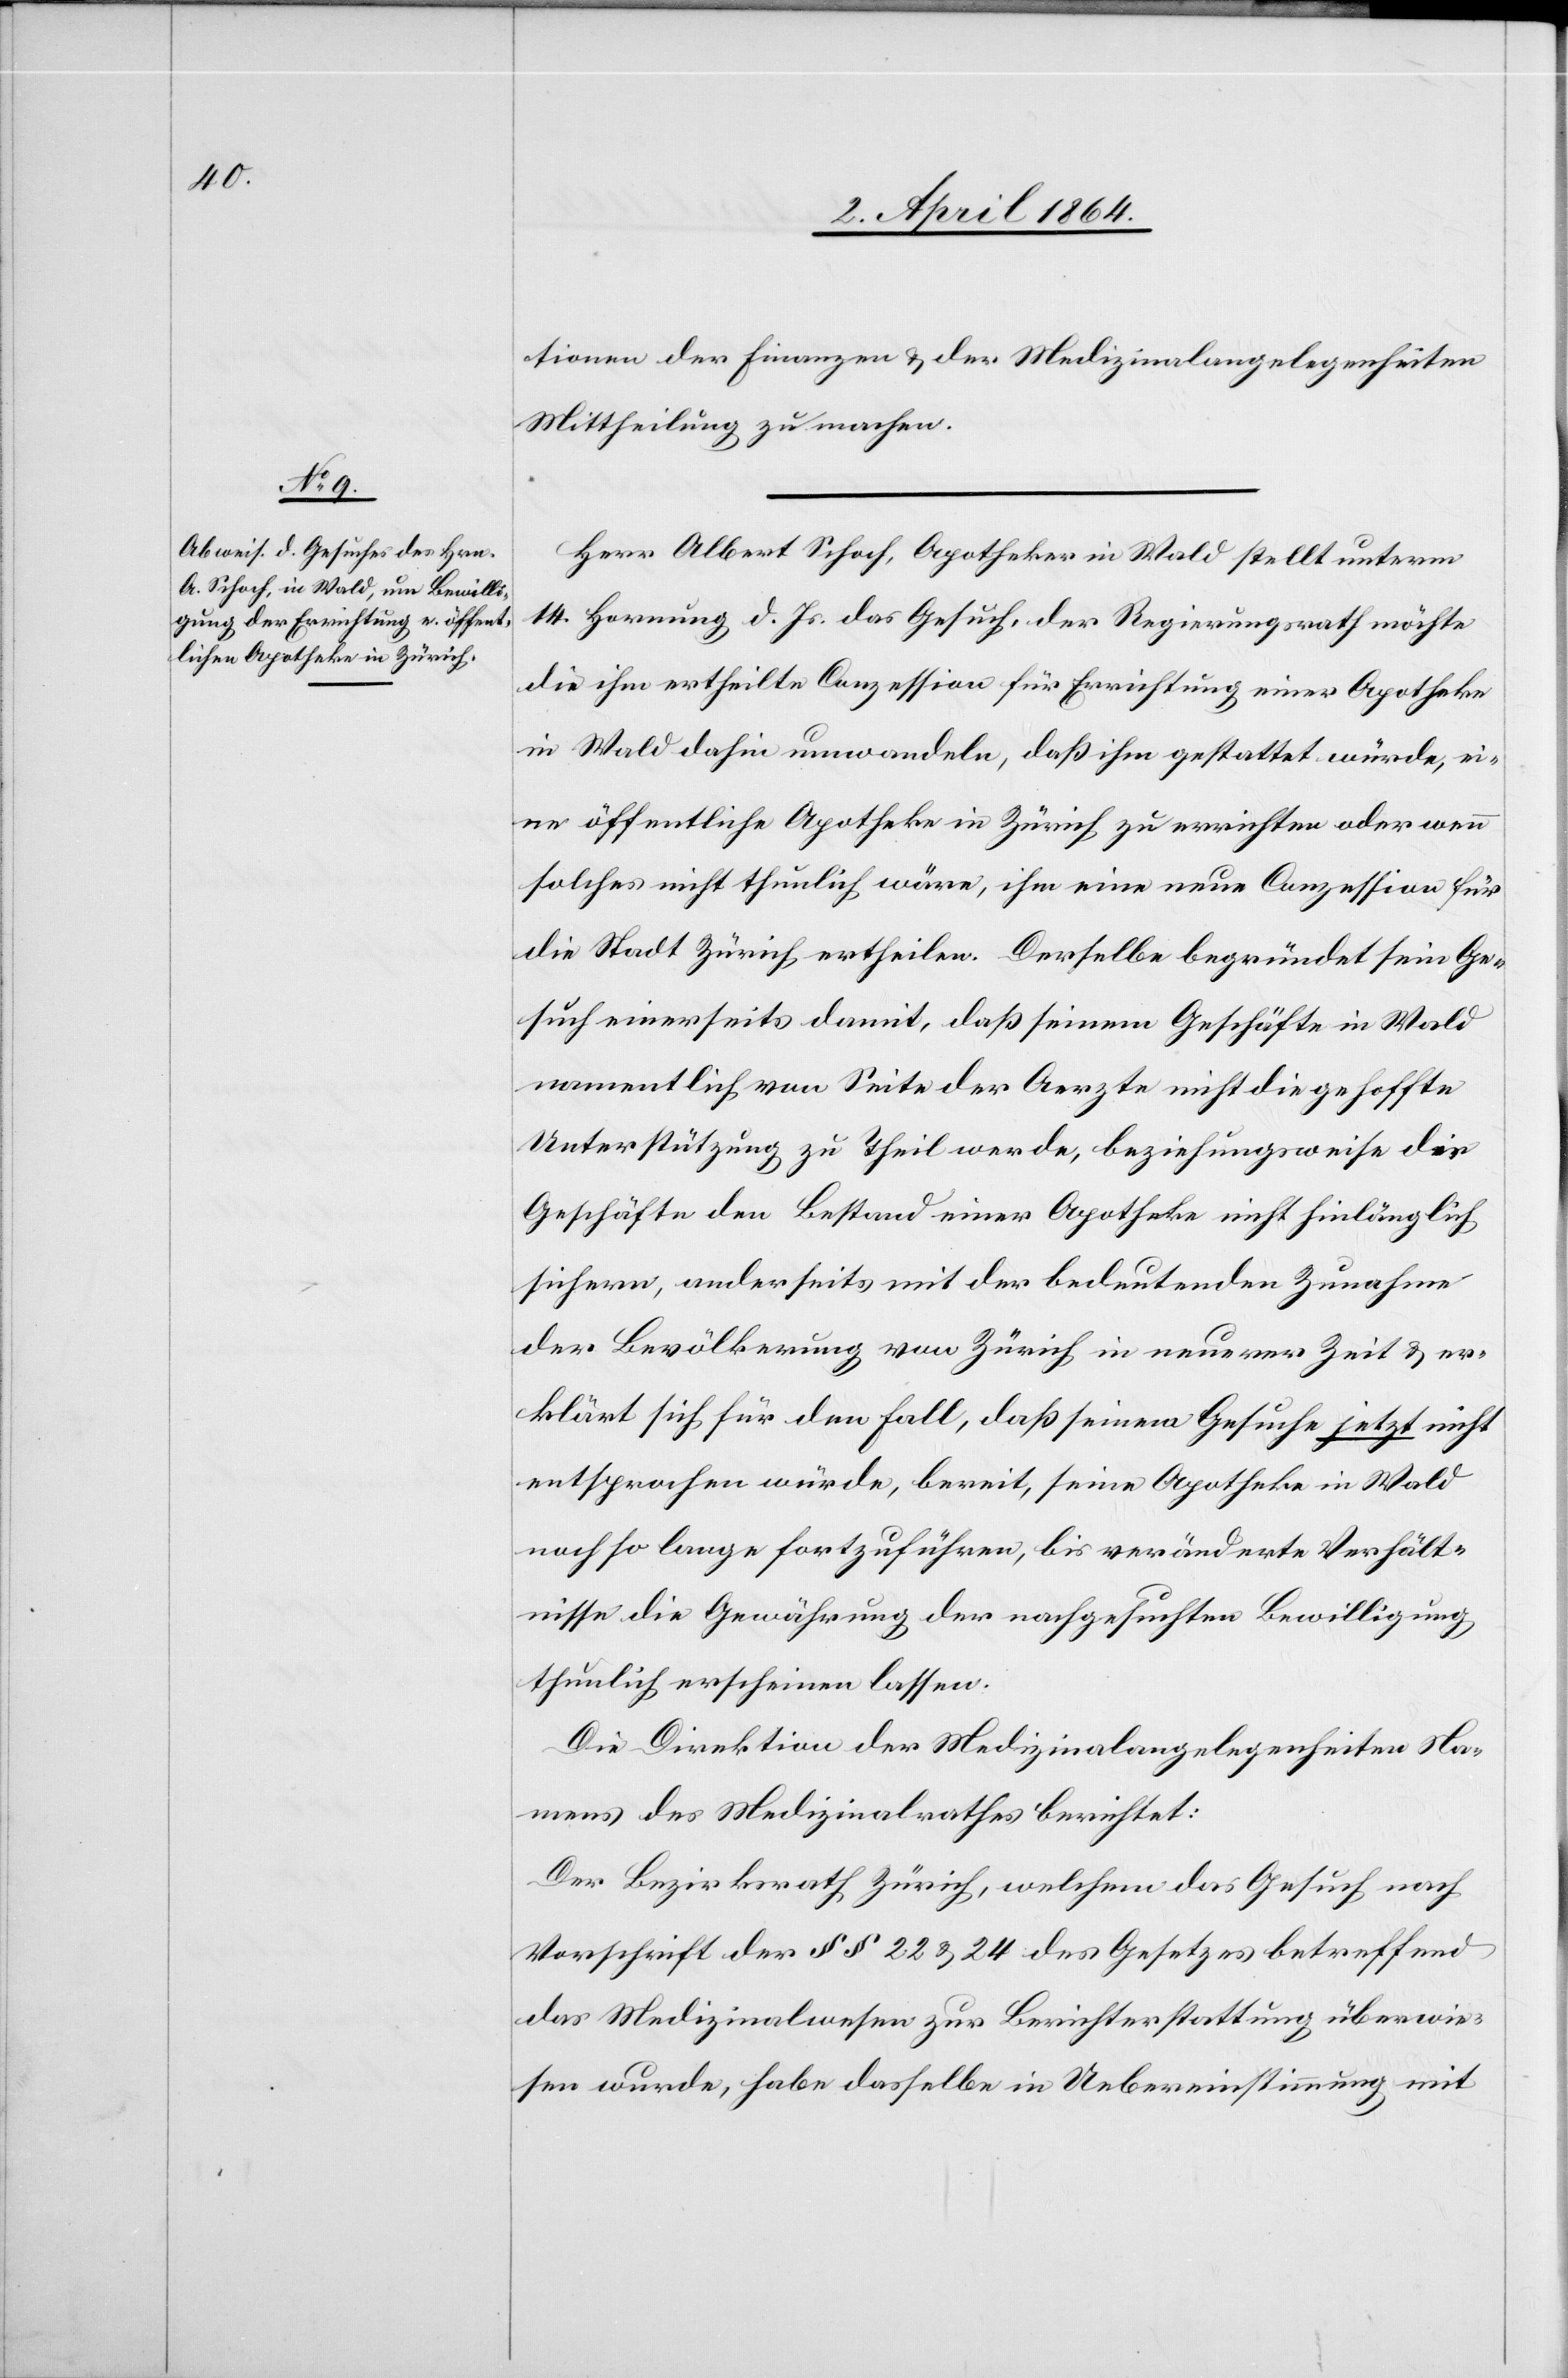
tionen der Finanzen u. der Medizinalangelegenheiten
Mittheilung zu machen.
Herr Albert Schoch, Apotheker in Wald stellt unterm
14. Hornung d. Js. das Gesuch, der Regierungsrath möchte
die ihm ertheilte Conzession für Errichtung einer Apotheke
in Wald dahin umwandeln, daß ihm gestattet würde, ei¬
ne öffentliche Apotheke in Zürich zu errichten oder wenn
solches nicht thunlich wäre, ihm eine neue Conzession für
die Stadt Zürich ertheilen. Derselbe begründet sein Ge¬
such einerseits damit, daß seinem Geschäfte in Wald
namentlich von Seite der Aerzte nicht die gehoffte
Unterstützung zu Theil werde, beziehungsweise die
Geschäfte den Bestand einer Apotheke nicht hinlänglich
sichern, anderseits mit der bedeutenden Zunahme
der Bevölkerung von Zürich in neuerer Zeit u. er¬
klärt sich für den Fall, daß seinem Gesuche jetzt nicht
entsprochen würde, bereit, seine Apotheke in Wald
noch so lange fortzuführen, bis veränderte Verhält¬
nisse die Gewährung der nachgesuchten Bewilligung
thunlich erscheinen lassen.
Die Direktion der Medizinalangelegenheiten Na¬
mens des Medizinalrathes berichtet:
Der Bezirksrath Zürich, welchem das Gesuch nach
Vorschrift der §§ 22 u. 24 des Gesetzes betreffend
das Medizinalwesen zur Berichterstattung überwie¬
sen wurde, habe dasselbe in Uebereinstimmung mit